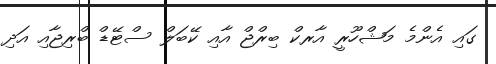
ގައި އެންމެ މަޝްހޫރީ އާރކް ބިރްޖް އާއި ކޭބަލް ސްޓޭޑް ބްރިޖާއި އަދި